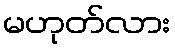
မဟုတ်လား